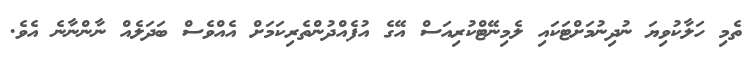
ތެމި ހަލާކުވިޔަ ނުދިނުމަށްޓަކައި ލެމިނޭޓްކުރިއަސް އޭގެ އުފެއްދުންތެރިކަމަށް އެއްވެސް ބަދަލެއް ނާންނާނެ އެވެ.